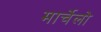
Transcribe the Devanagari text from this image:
मार्चेलो